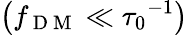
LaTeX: \left(f_{\mathrm{~D~M~}}\ll{\tau_{0}}^{-1}\right)